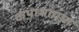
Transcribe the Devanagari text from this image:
कथाभागांत